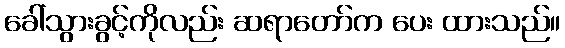
ခေါ်သွားခွင့်ကိုလည်း ဆရာတော်က ပေး ထားသည်။